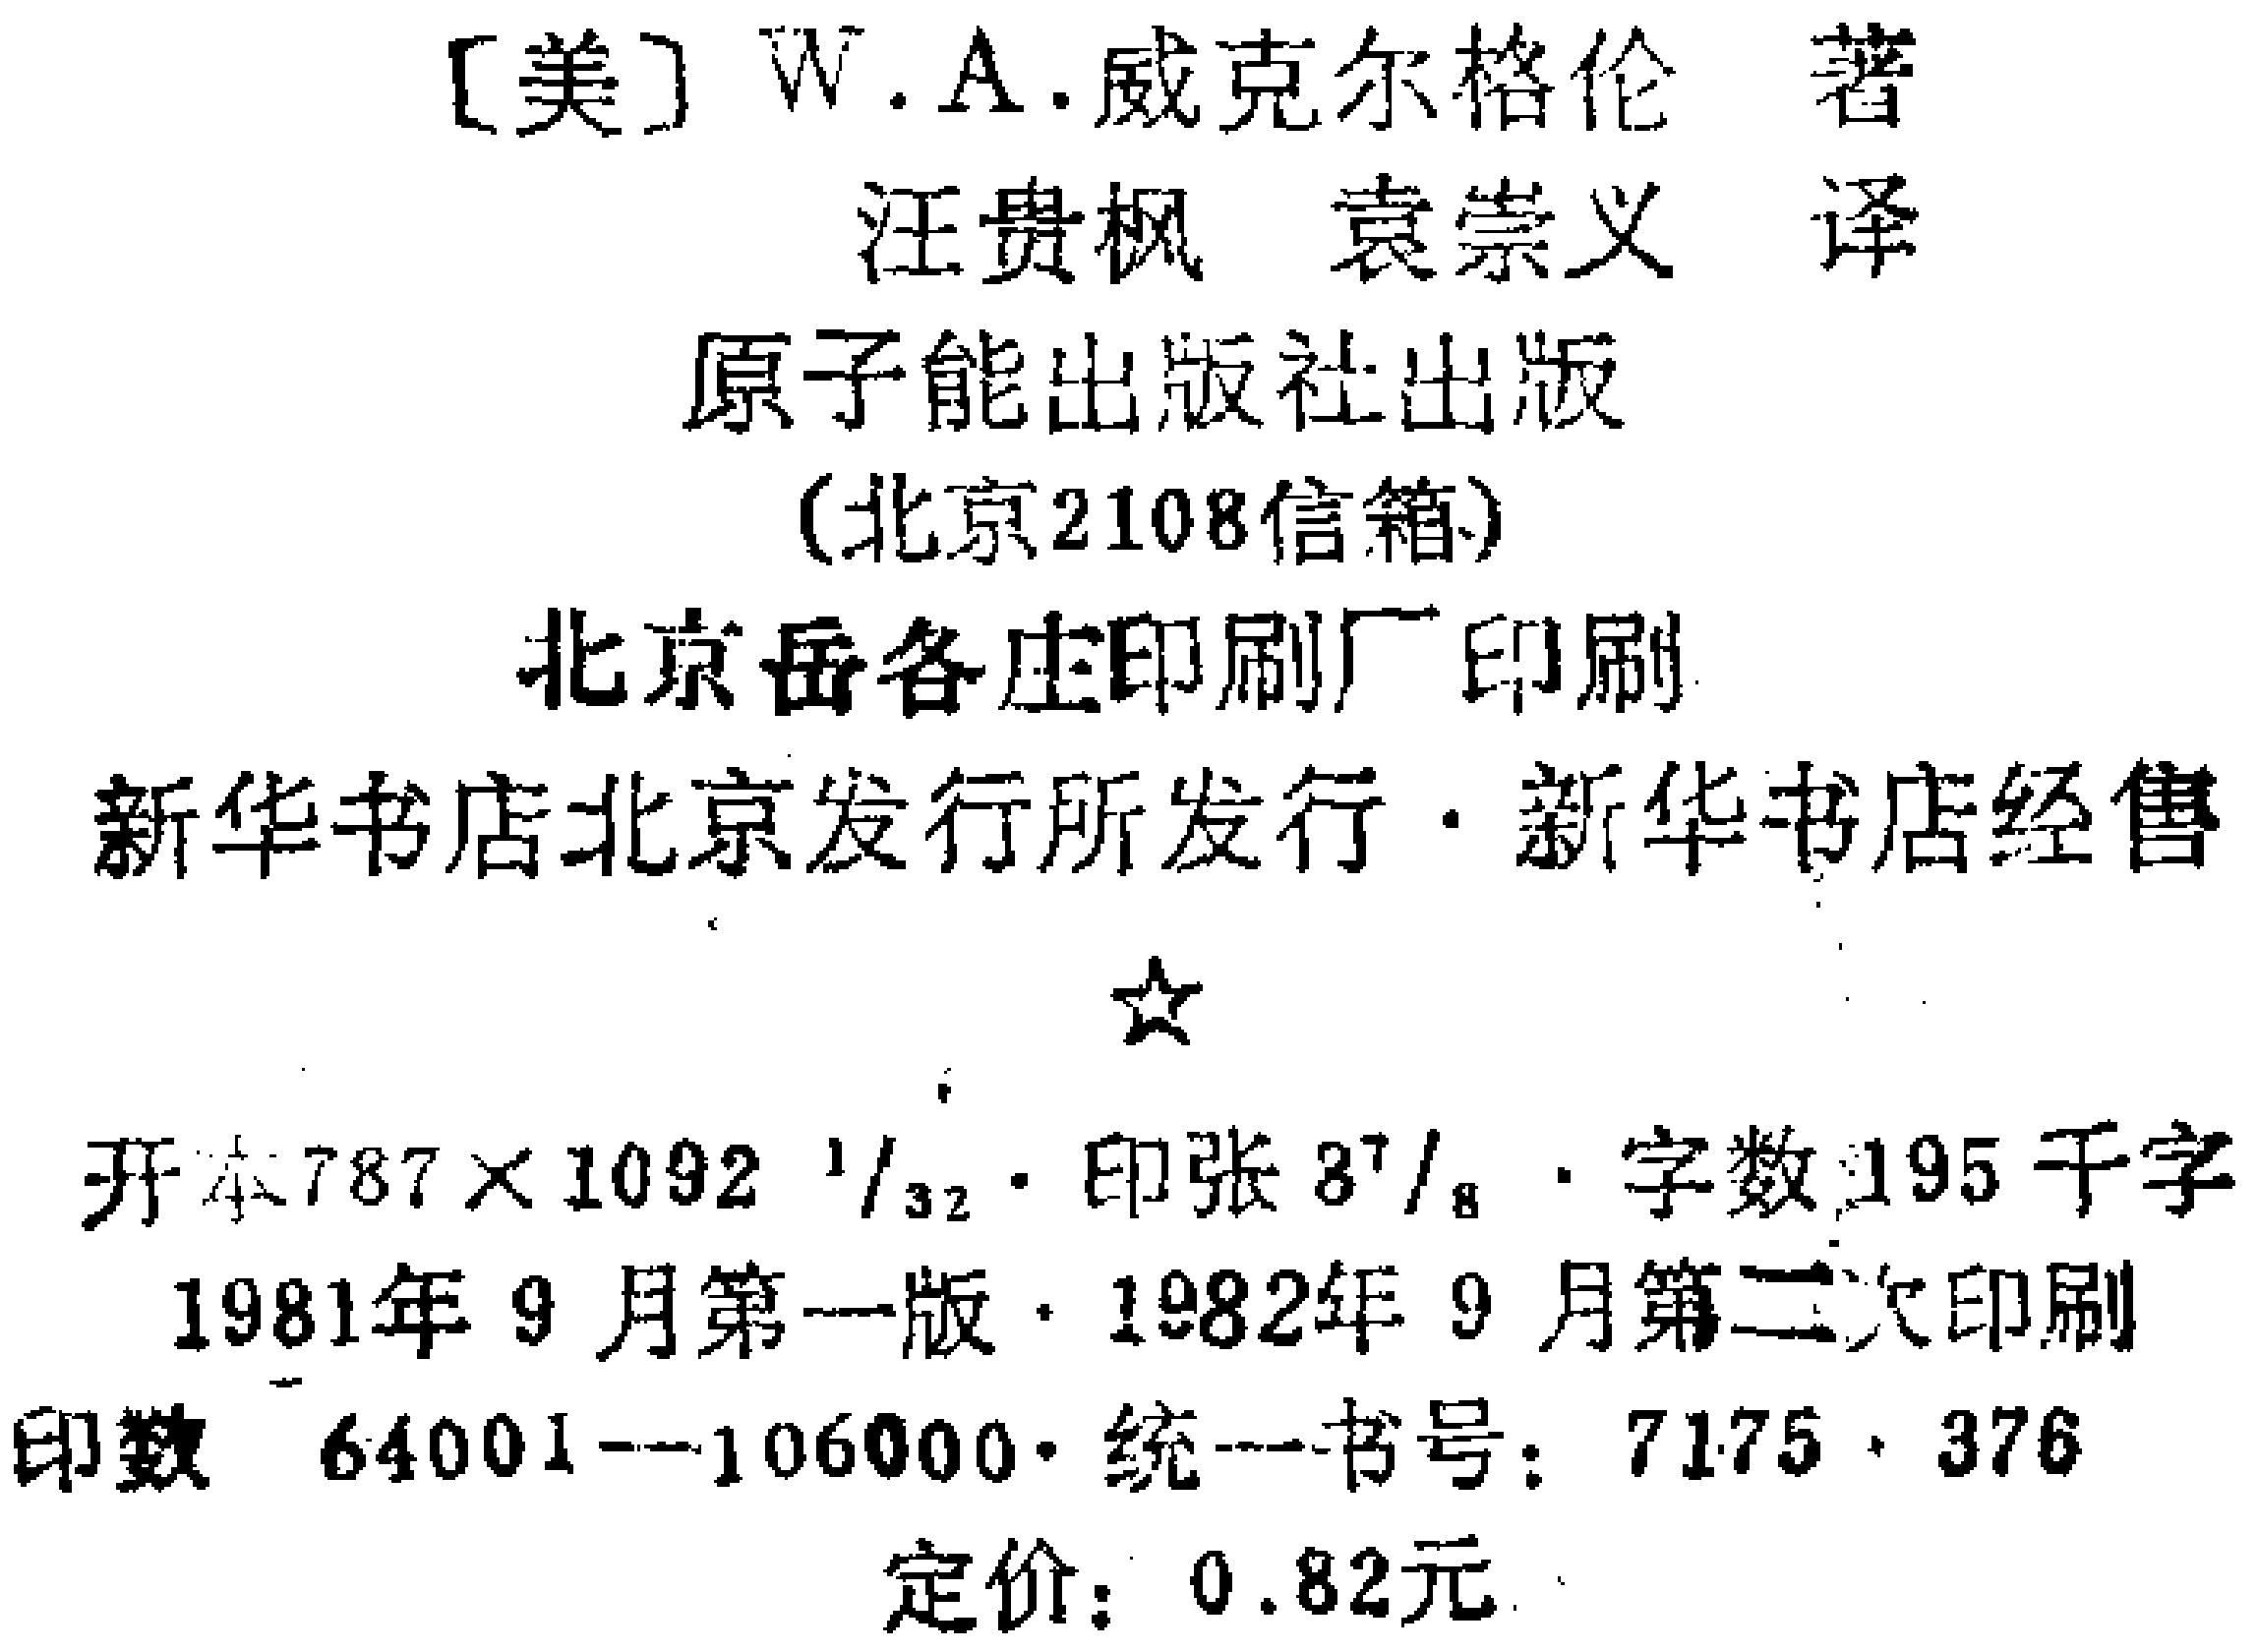
[美] W.A.威克尔格伦 著

汪贵枫 袁崇义 译

原子能出版社出版

(北京2108信箱)

北京岳各庄印刷厂印刷

新华书店北京发行所发行·新华书店经售

开本\(787\times1092\ 1/32\)·印张\(8^{7}/_{8}\)·字数195千字

1981年9月第一版·1982年9月第二次印刷

印数 \(64001 - 106000\)·统一书号：\(7175\cdot376\)

定价：\(0.82\)元